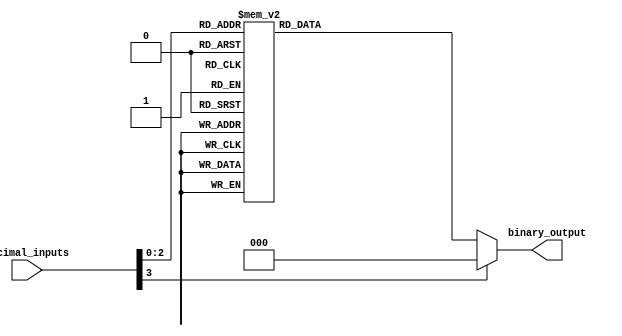
module decimal_priority_encoder (
    input [3:0] decimal_inputs,
    output reg [2:0] binary_output
);

always @(*) begin
    case(decimal_inputs)
        4'd0: binary_output = 3'b000;
        4'd1: binary_output = 3'b001;
        4'd2: binary_output = 3'b010;
        4'd3: binary_output = 3'b011;
        4'd4: binary_output = 3'b100;
        4'd5: binary_output = 3'b101;
        4'd6: binary_output = 3'b110;
        4'd7: binary_output = 3'b111;
        default: binary_output = 3'b000; // Default output if none of the decimal inputs are active
    endcase
end

endmodule